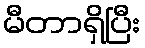
မီတာရှိပြီး